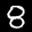
Label: 8